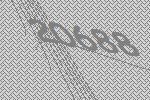
20688